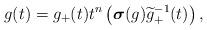
LaTeX: \begin{align*} g(t)= g_+(t) t^n \left (\boldsymbol\sigma(g) \widetilde{g}_+^{-1}(t) \right ), \end{align*}